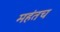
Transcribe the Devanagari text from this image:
महंतच